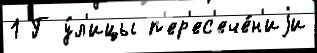
1 Г у́л'ицы п'ер'ес'ече́н'иjи